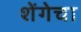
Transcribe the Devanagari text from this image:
शेंगेचा